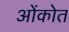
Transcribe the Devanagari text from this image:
ओंकोत